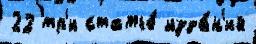
22 тр'и статье́ изда́н'ий